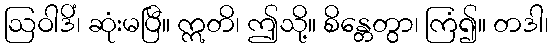
ဩဝါဒိံ၊ ဆုံးမပြီ။ ဣတိ၊ ဤသို့။ စိန္တေတွာ၊ ကြံ၍။ တဒါ၊